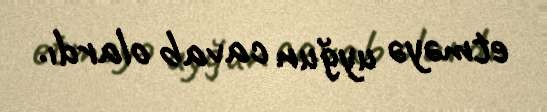
etməyə uyğun cavab olardı.